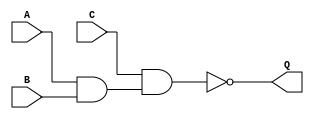
module threeNand(Q, A, B, C);
	input A; wire A;
	input B; wire B;
	input C; wire C;
	output Q; wire Q;

and(e0, A, B);
nand(Q, C, e0);

endmodule